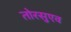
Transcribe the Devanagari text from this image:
तोरसुएव